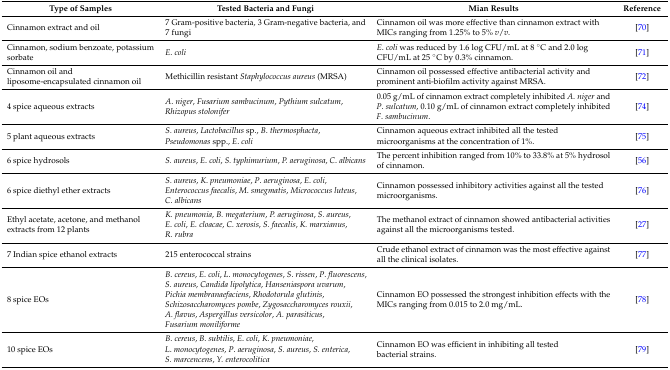
<table><thead><tr><td><b>Type of Samples</b></td><td><b>Tested Bacteria and Fungi</b></td><td><b>Mian Results</b></td><td><b>Reference</b></td></tr></thead><tbody><tr><td>Cinnamon extract and oil</td><td>7 Gram-positive bacteria, 3 Gram-negative bacteria, and 7 fungi</td><td>Cinnamon oil was more effective than cinnamon extract with MICs ranging from 1.25% to 5% <i>v</i>/<i>v</i>.</td><td>[70]</td></tr><tr><td>Cinnamon, sodium benzoate, potassium sorbate</td><td><i>E</i>. <i>coli</i></td><td><i>E</i>. <i>coli</i> was reduced by 1.6 log CFU/mL at 8 °C and 2.0 log CFU/mL at 25 °C by 0.3% cinnamon.</td><td>[71]</td></tr><tr><td>Cinnamon oil and liposome-encapsulated cinnamon oil</td><td>Methicillin resistant <i>Staphylococcus aureus</i> (MRSA)</td><td>Cinnamon oil possessed effective antibacterial activity and prominent anti-biofilm activity against MRSA.</td><td>[72]</td></tr><tr><td>4 spice aqueous extracts</td><td><i>A</i>. <i>niger</i>, <i>Fusarium sambucinum</i>, <i>Pythium sulcatum</i>, <i>Rhizopus stolonifer</i></td><td>0.05 g/mL of cinnamon extract completely inhibited <i>A</i>. <i>niger</i> and <i>P</i>. <i>sulcatum</i>, 0.10 g/mL of cinnamon extract completely inhibited <i>F</i>. <i>sambucinum</i>.</td><td>[74]</td></tr><tr><td>5 plant aqueous extracts</td><td><i>S. aureus</i>, <i>Lactobacillus</i> sp., <i>B</i>. <i>thermosphacta</i>, <i>Pseudomonas</i> spp., <i>E</i>. <i>coli</i></td><td>Cinnamon aqueous extract inhibited all the tested microorganisms at the concentration of 1%.</td><td>[75]</td></tr><tr><td>6 spice hydrosols</td><td><i>S. aureus</i>, <i>E</i>. <i>coli</i>, <i>S. typhimurium</i>, <i>P. aeruginosa</i>, <i>C</i>. <i>albicans</i></td><td>The percent inhibition ranged from 10% to 33.8% at 5% hydrosol of cinnamon.</td><td>[56]</td></tr><tr><td>6 spice diethyl ether extracts</td><td><i>S. aureus</i>, <i>K</i>. <i>pneumoniae</i>, <i>P</i>. <i>aeruginosa</i>, <i>E</i>. <i>coli</i>, <i>Enterococcus faecalis</i>, <i>M</i>. <i>smegmatis</i>, <i>Micrococcus luteus</i>, <i>C</i>. <i>albicans</i></td><td>Cinnamon possessed inhibitory activities against all the tested microorganisms.</td><td>[76]</td></tr><tr><td>Ethyl acetate, acetone, and methanol extracts from 12 plants</td><td><i>K. pneumonia</i>, <i>B. megaterium</i>, <i>P. aeruginosa</i>, <i>S. aureus</i>, <i>E</i>. <i>coli</i>, <i>E. cloacae</i>, <i>C. xerosis</i>, <i>S. faecalis</i>, <i>K. marxianus</i>, <i>R. rubra</i></td><td>The methanol extract of cinnamon showed antibacterial activities against all the microorganisms tested.</td><td>[27]</td></tr><tr><td>7 Indian spice ethanol extracts</td><td>215 enterococcal strains</td><td>Crude ethanol extract of cinnamon was the most effective against all the clinical isolates.</td><td>[77]</td></tr><tr><td>8 spice EOs</td><td><i>B</i>. <i>cereus</i>, <i>E</i>. <i>coli</i>, <i>L</i>. <i>monocytogenes</i>, <i>S</i>. <i>rissen</i>, <i>P</i>. <i>fluorescens</i>, <i>S. aureus</i>, <i>Candida lipolytica</i>, <i>Hanseniaspora uvarum</i>, <i>Pichia membranaefaciens</i>, <i>Rhodotorula glutinis</i>, <i>Schizosaccharomyces pombe</i>, <i>Zygosaccharomyces rouxii</i>, <i>A. flavus</i>, <i>Aspergillus versicolor</i>, <i>A. parasiticus</i>, <i>Fusarium moniliforme</i></td><td>Cinnamon EO possessed the strongest inhibition effects with the MICs ranging from 0.015 to 2.0 mg/mL.</td><td>[78]</td></tr><tr><td>10 spice EOs </td><td><i>B</i>. <i>cereus</i>, <i>B</i>. <i>subtilis</i>, <i>E</i>. <i>coli</i>, <i>K. pneumoniae</i>, <i>L</i>. <i>monocytogenes</i>, <i>P</i>. <i>aeruginosa</i>, <i>S. aureus</i>, <i>S. enterica</i>, <i>S. marcencens</i>, <i>Y. enterocolitica</i></td><td>Cinnamon EO was efficient in inhibiting all tested bacterial strains.</td><td>[79]</td></tr></tbody></table>